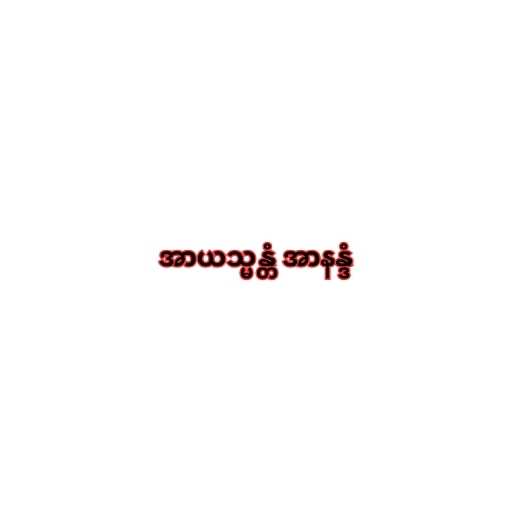
အာယသ္မန္တံ အာနန္ဒံ